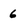
Character: 6